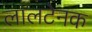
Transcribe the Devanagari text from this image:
लालटेनक